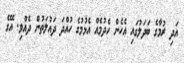
އަދި ރުމާގެ ބަދަލުގައި އެހެން ހެދުމެއް އެޅުމުގެ ހުއްދަ ދައުލަތުން ދެއްވި. އޭގެ